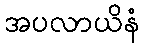
အပလာယိနံ